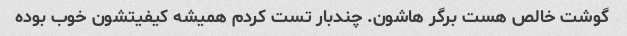
گوشت خالص هست برگر هاشون. چندبار تست کردم همیشه کیفیتشون خوب بوده